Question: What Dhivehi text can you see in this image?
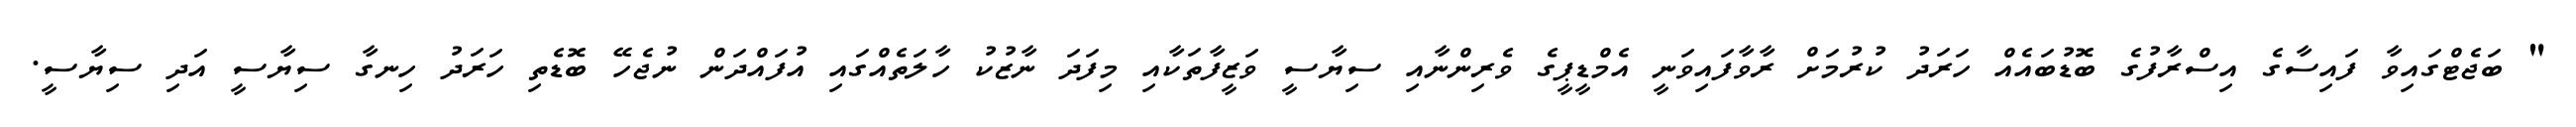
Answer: " ބަޖެޓްގައިވާ ފައިސާގެ އިސްރާފުގެ ބޮޑުބައެއް ހަރަދު ކުރުމަށް ރާވާފައިވަނީ އެމްޑީޕީގެ ވެރިންނާއި ސިޔާސީ ވަޒީފާތަކާއި މިފަދަ ނާޒުކު ހާލަތެއްގައި އުފައްދަން ނުޖެހޭ ބޮޑެތި ހަރަދު ހިނގާ ސިޔާސީ އަދި ސިޔާސީ.